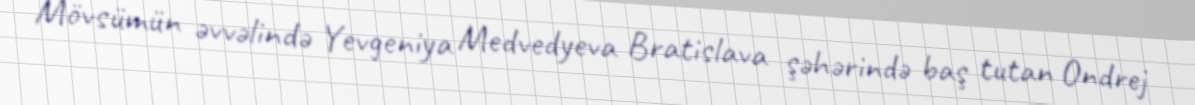
Mövsümün əvvəlində Yevgeniya Medvedyeva Bratislava şəhərində baş tutan Ondrej